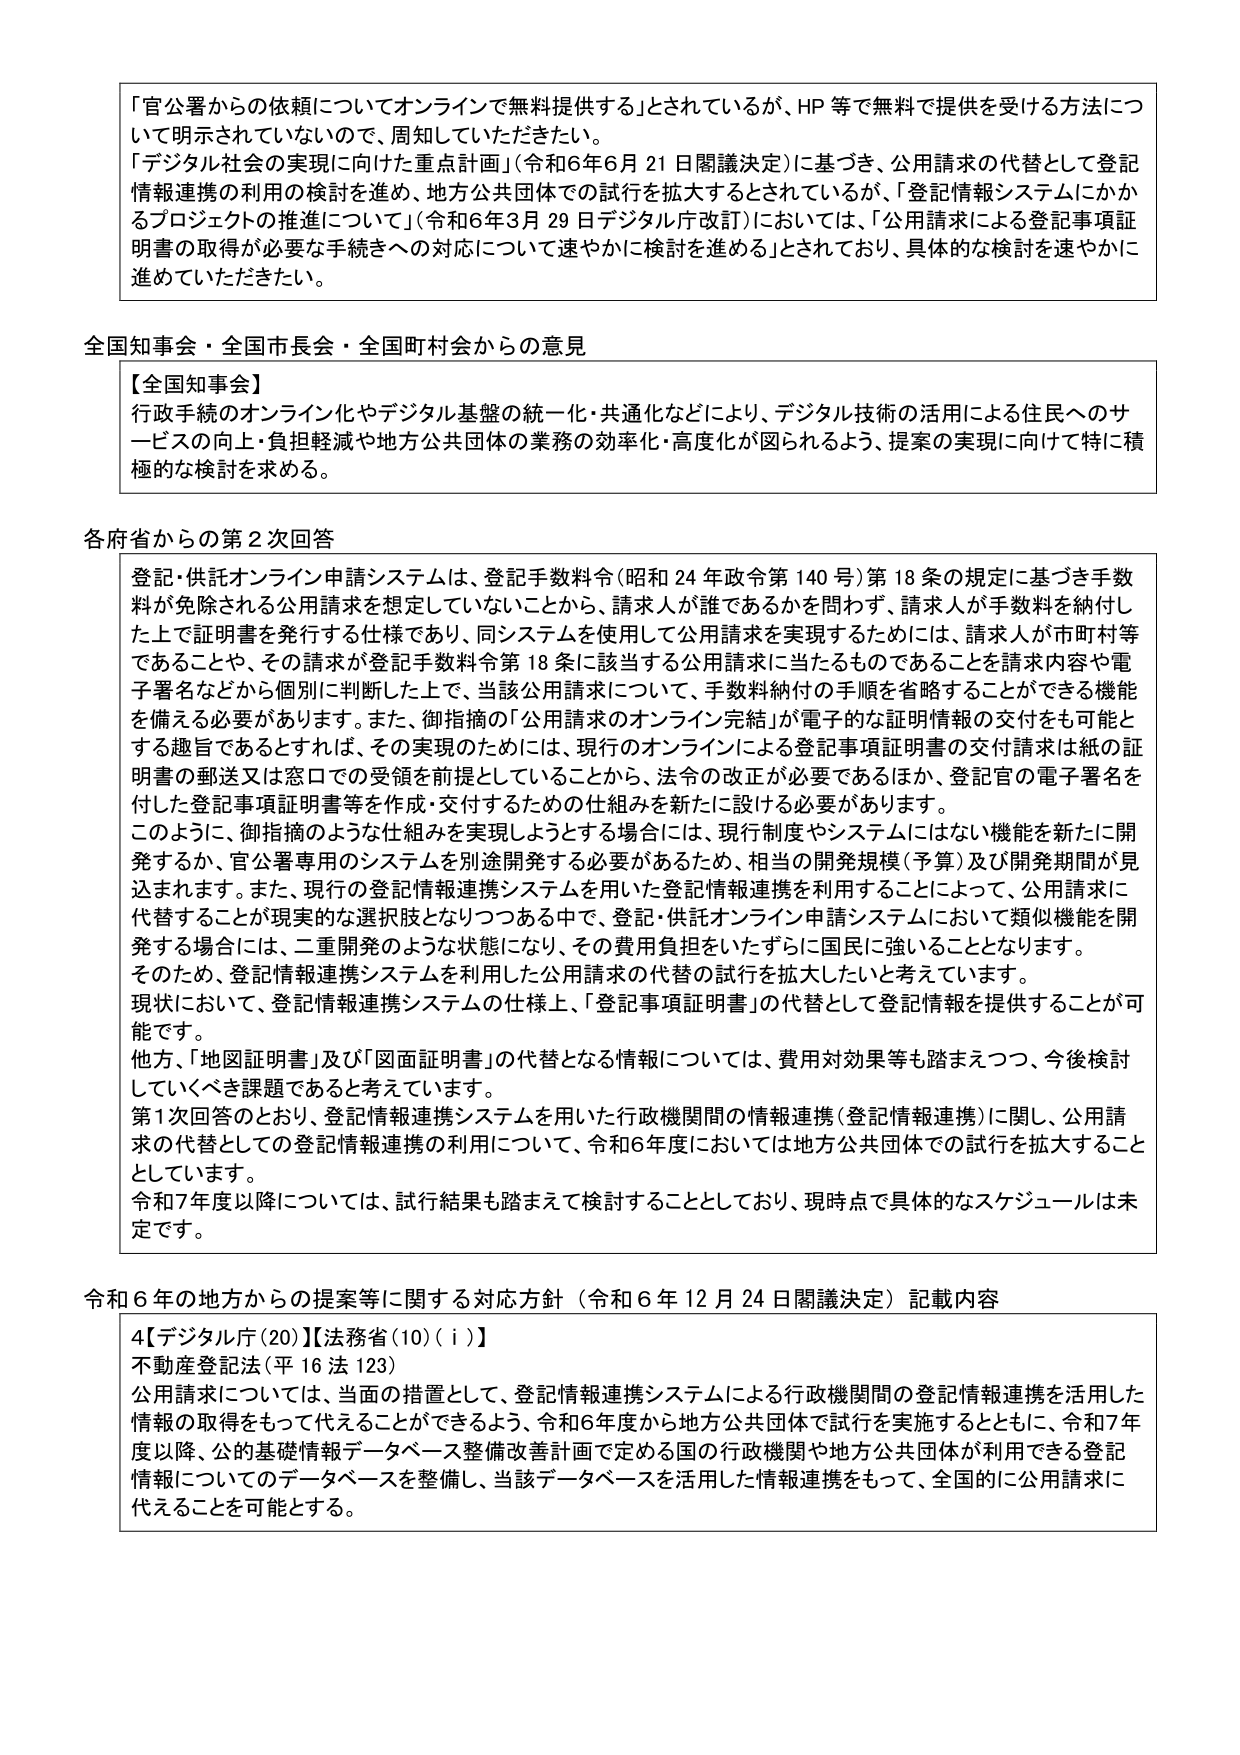
「官公署からの依頼についてオンラインで無料提供する」とされているが、HP等で無料で提供を受ける方法について明示されていないので、周知していただきたい。

「デジタル社会の実現に向けた重点計画」（令和6年6月21日閣議決定）に基づき、公用請求の代替として登記情報連携の利用の検討を進め、地方公共団体での試行を拡大するとされているが、「登記情報システムにかかるプロジェクトの推進について」（令和6年3月29日デジタル庁改訂）においては、「公用請求による登記事項証明書の取得が必要な手続きへの対応について速やかに検討を進める」とされており、具体的な検討を速やかに進めていただきたい。

全国知事会・全国市長会・全国町村会からの意見

【全国知事会】
行政手続のオンライン化やデジタル基盤の統一化・共通化などにより、デジタル技術の活用による住民へのサービスの向上・負担軽減や地方公共団体の業務の効率化・高度化が図られるよう、提案の実現に向けて特に積極的な検討を求める。

各府省からの第2次回答

登記・供託オンライン申請システムは、登記手数料令（昭和24年政令第140号）第18条の規定に基づき手数料が免除される公用請求を想定していないことから、請求人が誰であるかを問わず、請求人が手数料を納付した上で証明書を発行する仕様であり、同システムを使用して公用請求を実現するためには、請求人が市町村等であることや、その請求が登記手数料令第18条に該当する公用請求に当たるものであることを請求内容や電子署名などから個別に判断した上で、当該公用請求について、手数料納付の手順を省略することができる機能を備える必要があります。また、御指摘の「公用請求のオンライン完結」が電子的な証明情報の交付をも可能とする趣旨であるとすれば、その実現のためには、現行のオンラインによる登記事項証明書の交付請求は紙の証明書の郵送又は窓口での受領を前提としていることから、法令の改正が必要であるほか、登記官の電子署名を付した登記事項証明書等を作成・交付するための仕組みを新たに設ける必要があります。

このように、御指摘のような仕組みを実現しようとする場合には、現行制度やシステムにはない機能を新たに開発するか、官公署専用のシステムを別途開発する必要があるため、相当の開発規模（予算）及び開発期間が見込まれます。また、現行の登記情報連携システムを用いた登記情報連携を利用することによって、公用請求に代替することが現実的な選択肢となりつつある中で、登記・供託オンライン申請システムにおいて類似機能を開発する場合には、二重開発のような状態になり、その費用負担をいたずらに国民に強いることとなります。

そのため、登記情報連携システムを利用した公用請求の代替の試行を拡大したいと考えています。

現状において、登記情報連携システムの仕様上、「登記事項証明書」の代替として登記情報を提供することが可能です。

他方、「地図証明書」及び「図面証明書」の代替となる情報については、費用対効果等も踏まえつつ、今後検討していくべき課題であると考えています。

第1次回答のとおり、登記情報連携システムを用いた行政機関間の情報連携（登記情報連携）に関し、公用請求の代替としての登記情報連携の利用について、令和6年度においては地方公共団体での試行を拡大することとしています。

令和7年度以降については、試行結果も踏まえて検討することとしており、現時点で具体的なスケジュールは未定です。

令和6年の地方からの提案等に関する対応方針（令和6年12月24日閣議決定）記載内容

4【デジタル庁(20)】【法務省(10)(i)】
不動産登記法（平16法123）
公用請求については、当面の措置として、登記情報連携システムによる行政機関間の登記情報連携を活用した情報の取得をもって代えることができるよう、令和6年度から地方公共団体で試行を実施するとともに、令和7年度以降、公的基礎情報データベース整備改善計画で定める国の行政機関や地方公共団体が利用できる登記情報についてのデータベースを整備し、当該データベースを活用した情報連携をもって、全国的に公用請求に代えることを可能とする。